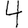
Digit: 4